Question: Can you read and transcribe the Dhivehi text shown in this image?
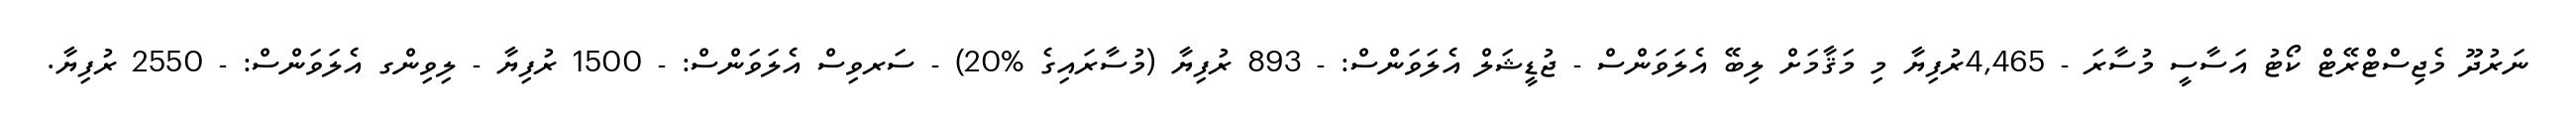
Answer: ނަރުދޫ މެޖިސްޓްރޭޓް ކޯޓު އަސާސީ މުސާރަ - 4,465ރުފިޔާ މި މަޤާމަށް ލިބޭ އެލަވަންސް - ޖުޑީޝަލް އެލަވަންސް: - 893 ރުފިޔާ (މުސާރައިގެ %20) - ސަރވިސް އެލަވަންސް: - 1500 ރުފިޔާ - ލިވިންގ އެލަވަންސް: - 2550 ރުފިޔާ.